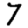
Digit: 7